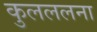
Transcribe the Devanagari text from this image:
कुलललना